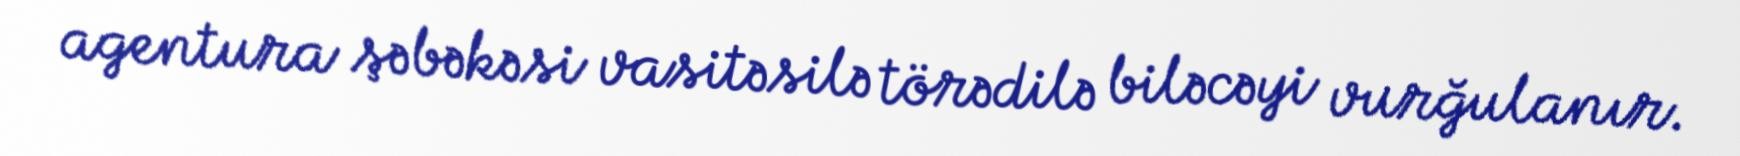
agentura şəbəkəsi vasitəsilə törədilə biləcəyi vurğulanır.